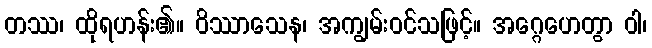
တဿ၊ ထိုရဟန်း၏။ ဝိဿာသေန၊ အကျွမ်းဝင်သဖြင့်။ အဂ္ဂေဟေတွာ ဝါ၊